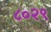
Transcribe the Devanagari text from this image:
८०२९